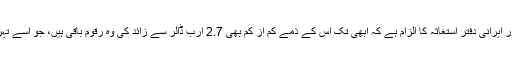
زنجانی کو سزائے موت کا حکم اس سال مارچ میں سنایا گیا تھا اور ایرانی دفتر استغاثہ کا الزام ہے کہ ابھی تک اس کے ذمے کم از کم بھی 2.7 ارب ڈالر سے زائد کی وہ رقوم باقی ہیں، جو اسے تہران میں ملکی وزارت تیل کے لیے ایرانی حکومت کو ادا کرنا ہیں۔